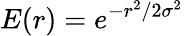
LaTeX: E(r)=e^{-r^{2}/2\sigma^{2}}